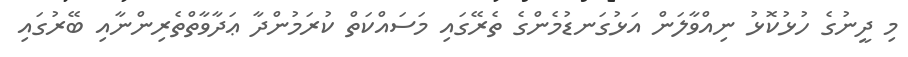
މި ދީނުގެ ހުޅުކޮޅު ނިއްވާލަން އަޅުގަނޑުމެންގެ ތެރޭގައި މަސައްކަތް ކުރަމުންދާ ޢަދާވާތްތެރިންނާއި ބޭރުގައި